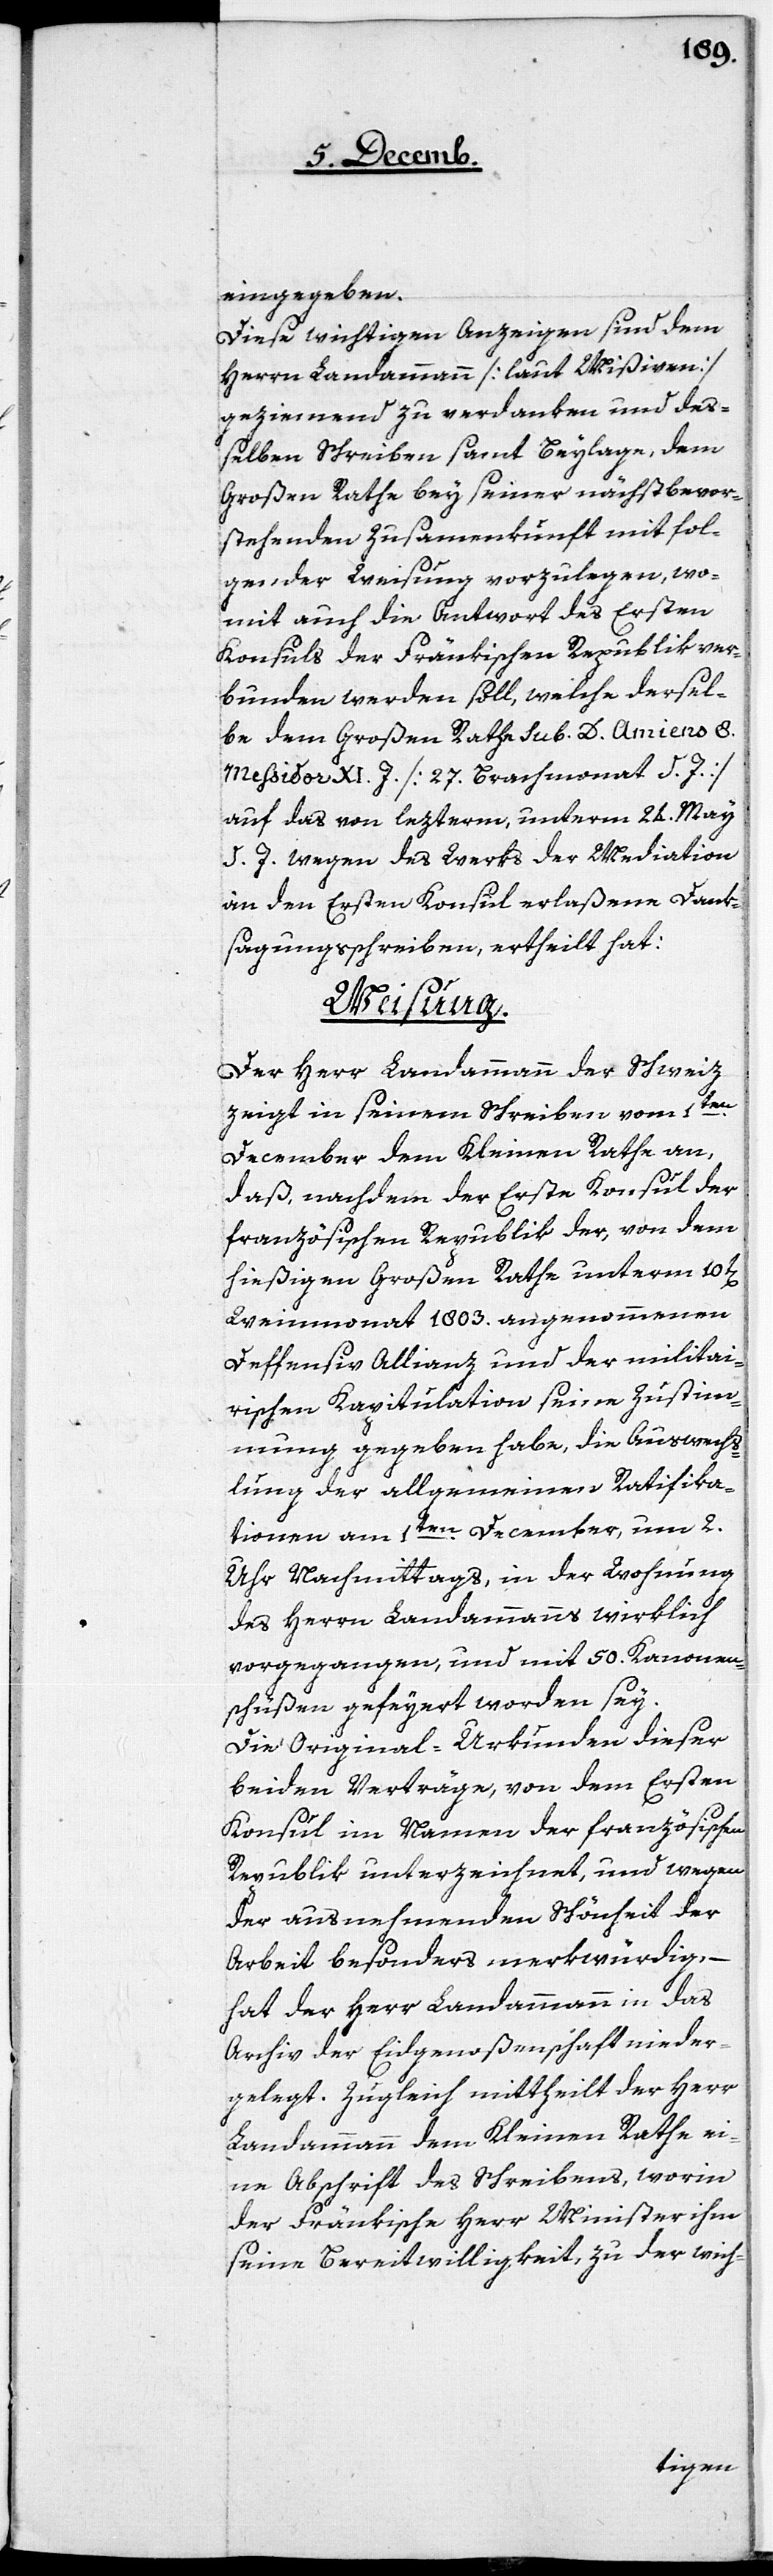
eingegeben.
Diese wichtigen Anzeigen sind dem
Herrn Landammann [laut Mißiven]
geziemend zu verdanken und de¬
ßelben Schreiben samt Beylage, dem
Großen Rathe bey seiner nächstbevor¬
stehenden Zusammenkunft mit fol¬
gender Weisung vorzulegen, wo¬
mit auch die Antwort des Ersten
Konsuls der Fränkischen Republik ver¬
bunden werden soll, welche dersel¬
be dem Großen Rathe sub D. Amiens 8.
Messidor XI. J. [27. Brachmonat d. J.]
auf das von lezterm, unterm 24. Mai
d. J. wegen des Werks der Mediation
an den Ersten Konsul erlaßene Dank¬
sagungsschreiben, ertheilt hat:
Weisung.
Der Herr Landammann der Schweiz
zeigt in seinem Schreiben vom 1ten.
December dem Kleinen Rathe an,
daß nachdem der Erste Konsul der
französischen Republik der, von dem
hießigen Großen Rathe unterm 10t[en]
Weinmonat 1803. angenommenen
Deffensiv Allianz und der militai¬
rischen Kapitulation seine Zustim¬
mung gegeben habe, die Auswechs¬
lung der allgemeinen Ratifika¬
tionen am 1ten. December, um 2.
Uhr Nachmittags, in der Wohnung
des Herrn Landammanns wirklich
vorgegangen, und mit 50. Kanonen¬
schüßen gefeyert worden sey.
Die Original-Urkunden dieser
beiden Verträge, von dem Ersten
Konsul im Namen der französischen
Republik unterzeichnet, und wegen
der ausnehmenden Schönheit der
Arbeit besonders merkwürdig, –
hat der Herr Landammann in das
Archiv der Eidgenoßenschaft nieder¬
gelegt. Zugleich mittheilt der Herr
Landammann dem Kleinen Rathe ei¬
ne Abschrift des Schreibens, worin
der Fränkische Herr Minister ihm
seine Bereitwilligkeit, zu der wich-